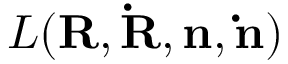
{ \cal L } ( { \bf R , \dot { R } , n , \dot { n } } )